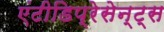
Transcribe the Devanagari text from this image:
एंटीडिप्रेसेन्ट्स